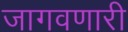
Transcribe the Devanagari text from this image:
जागवणारी